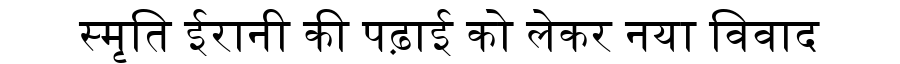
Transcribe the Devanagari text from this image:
स्मृति ईरानी की पढ़ाई को लेकर नया विवाद